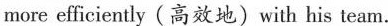
more efficiently (高效地)with his team.